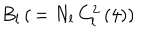
B _ { l } \, ( \, = N _ { l } \, C _ { l } ^ { 2 } \left( 4 \right) )